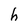
Character: h